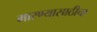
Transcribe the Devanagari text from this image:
मारण्यासाठीचा